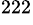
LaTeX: {}^{222}